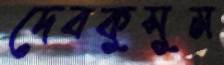
দেবকুসুম